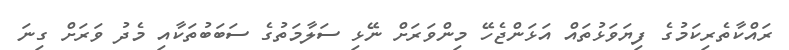
ރައްކާތެރިކަމުގެ ފިޔަވަޅުތައް އަޅަންޖެހޭ މިންވަރަށް ނޭޅި ސަލާމަތުގެ ސަބަބުތަކާއި މެދު ވަރަށް ގިނަ